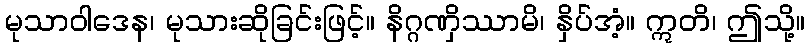
မုသာဝါဒေန၊ မုသားဆိုခြင်းဖြင့်။ နိဂ္ဂဏှိဿာမိ၊ နှိပ်အံ့။ ဣတိ၊ ဤသို့။